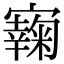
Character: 𡫭